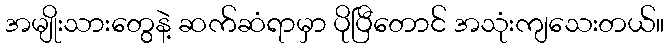
အမျိုးသားတွေနဲ့ ဆက်ဆံရာမှာ ပိုပြီတောင် အသုံးကျသေးတယ်။